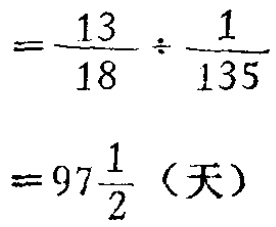
\[
=\frac{13}{18}\div\frac{1}{135}
\]
\[
=97\frac{1}{2}（天）
\]